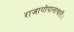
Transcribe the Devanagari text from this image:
राजागोपालाचारी।